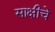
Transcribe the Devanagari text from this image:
साक्षीचे